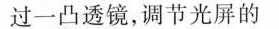
过一凸透镜，调节光屏的